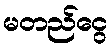
မတည်ငွေ